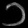
Digit: ၁